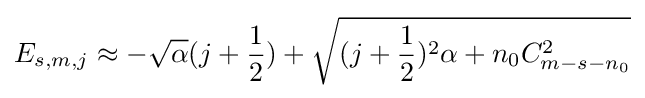
E_{s,m,j}\approx -{\sqrt {\alpha }}(j+{\frac {1}{2}})+{\sqrt {(j+{\frac {1}{2}})^{2}\alpha +n_{0}C_{m-s-n_{0}}^{2}}}